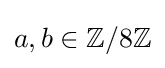
a,b\in \mathbb {Z} /8\mathbb {Z}